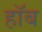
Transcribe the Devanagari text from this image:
हॉब